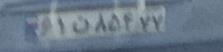
۶۱ن۸۵۴۷۷